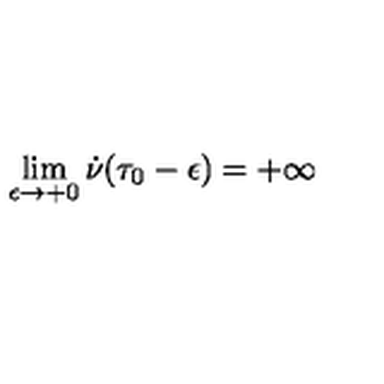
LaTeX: \lim _ { \epsilon \rightarrow + 0 } \dot { \nu } ( \tau _ { 0 } - \epsilon ) = + \infty